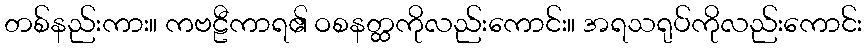
တစ်နည်းကား။ ကဗဠီကာရ၏ ဝစနတ္ထကိုလည်းကောင်း။ အရသရုပ်ကိုလည်းကောင်း